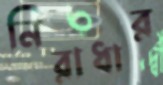
নিরাধার